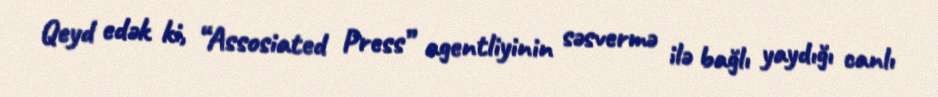
Qeyd edək ki, “Assosiated Press” agentliyinin səsvermə ilə bağlı yaydığı canlı